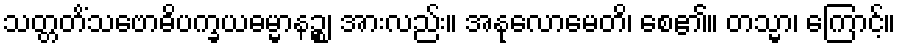
သတ္တတိံသဗောဓိပက္ခယဓမ္မာနဉ္စ၊ အားလည်း။ အနုလောမေတိ၊ စေ၏။ တသ္မာ၊ ကြောင့်။